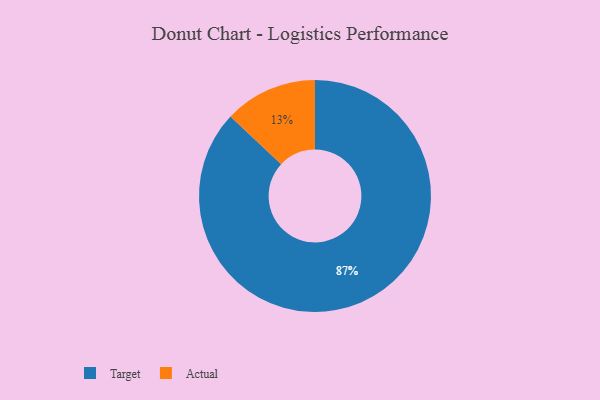
{"axis": {"x": "Category", "y": "Percentage"}, "legend": ["Actual", "Target"], "data": [{"x": "Target", "y": 87, "type": "Target"}, {"x": "Actual", "y": 13, "type": "Actual"}]}